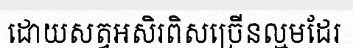
ដោយសត្វអសិរពិសច្រើនល្មមដែរ